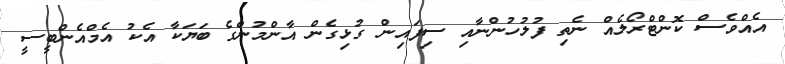
އެއްވެސް ކޮންޓްރޯލެއް ނެތި ފުލުހުންނާއި ސިފައިން ގުޅިގެން އާންމުންގެ ބަޔަކާ އެކު އެމްއެންބީސީ